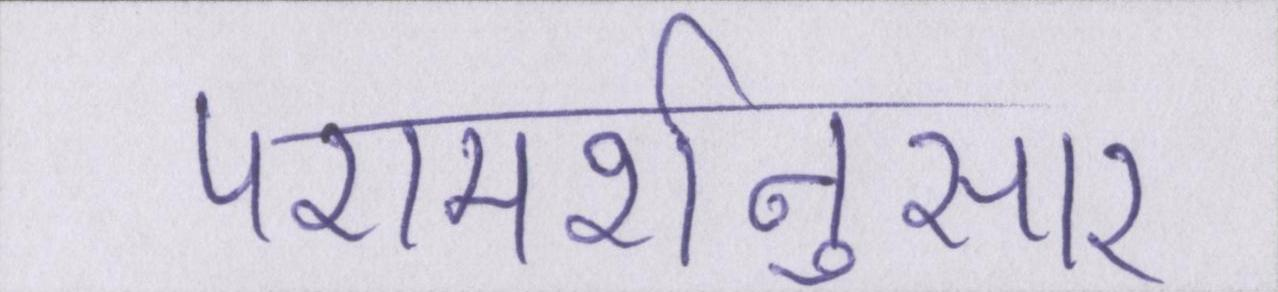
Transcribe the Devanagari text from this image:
परामर्शनुसार